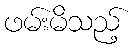
ဖမ်းမိသည့်